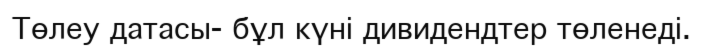
Төлеу датасы- бұл күні дивидендтер төленеді.